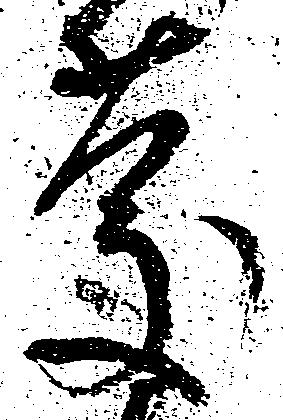
慶